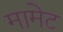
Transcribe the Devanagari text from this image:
मामेट